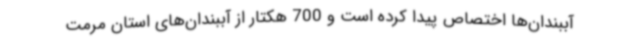
آببندان‌ها اختصاص پیدا کرده است و 700 هکتار از آببندان‌های استان مرمت